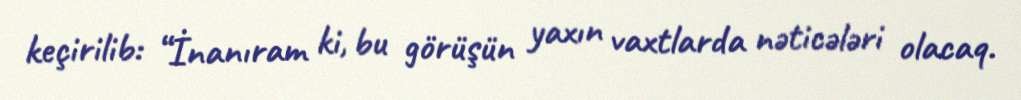
keçirilib: “İnanıram ki, bu görüşün yaxın vaxtlarda nəticələri olacaq.